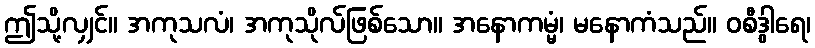
ဤသို့လျှင်။ အကုသလံ၊ အကုသိုလ်ဖြစ်သော။ အနောကမ္မံ၊ မနောကံသည်။ ဝစီဒွါရေ၊